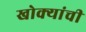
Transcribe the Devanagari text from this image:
खोक्यांची